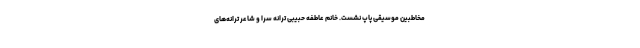
مخاطبین موسیقی پاپ نشست. خانم عاطفه حبیبی ترانه سرا و شاعر ترانه‌های